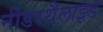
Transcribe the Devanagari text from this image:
नींडरथैलाइड